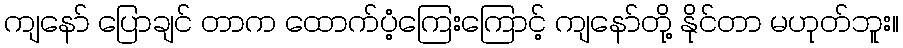
ကျနော် ပြောချင် တာက ထောက်ပံ့ကြေးကြောင့် ကျနော်တို့ နိုင်တာ မဟုတ်ဘူး။